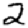
Digit: 2